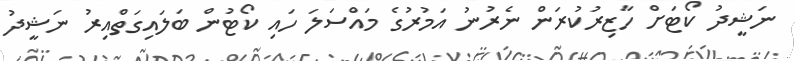
ނަޝީދު ކޯޓަށް ހާޒިރުކުރަން ނެރުނު އަމުރުގެ މައްސަލަ ހައި ކޯޓުން ބަލައިގަތްއިރު ނަޝީދު